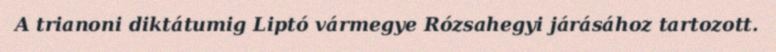
A trianoni diktátumig Liptó vármegye Rózsahegyi járásához tartozott.